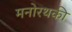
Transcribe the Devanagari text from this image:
मनोरथकी